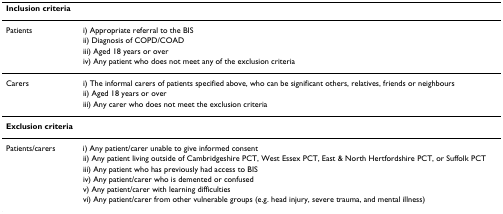
| Inclusion criteria |  |
 | --- | --- |
 | Patients | i) Appropriate referral to the BIS |
 |  | ii) Diagnosis of COPD/COAD |
 |  | iii) Aged 18 years or over |
 |  | iv) Any patient who does not meet any of the exclusion criteria |
 | Carers | i) The informal carers of patients specified above, who can be significant others, relatives, friends or neighbours |
 |  | ii) Aged 18 years or over |
 |  | iii) Any carer who does not meet the exclusion criteria |
 | Exclusion criteria |  |
 | Patients/carers | i) Any patient/carer unable to give informed consent |
 |  | ii) Any patient living outside of Cambridgeshire PCT, West Essex PCT, East & North Hertfordshire PCT, or Suffolk PCT |
 |  | iii) Any patient who has previously had access to BIS |
 |  | iv) Any patient/carer who is demented or confused |
 |  | v) Any patient/carer with learning difficulties |
 |  | vi) Any patient/carer from other vulnerable groups (e.g. head injury, severe trauma, and mental illness) |